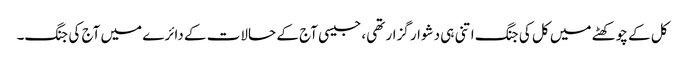
کل کے چوکھٹے میں کل کی جنگ اتنی ہی دشوار گزار تھی، جیسی آج کے حالات کے دائرے میں آج کی جنگ۔